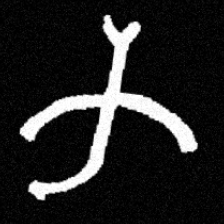
Pyu character \u2014 Myanmar letter: က (romanized: ka)